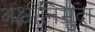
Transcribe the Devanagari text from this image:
अश्वीनिमुद्रा